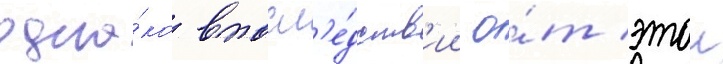
одна́ко впосл'е́дств'ии о́т этои